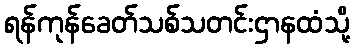
ရန်ကုန်ခေတ်သစ်သတင်းဌာနထံသို့